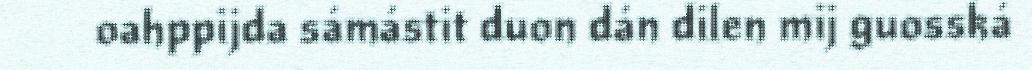
oahppijda sámástit duon dán dilen mij guosská